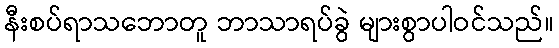
နီးစပ်ရာသဘောတူ ဘာသာရပ်ခွဲ များစွာပါဝင်သည်။